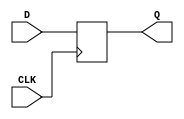
module d_latch(
    input D, // data input
    input CLK, // clock input
    output reg Q // output
);

always @(posedge CLK)
begin
    Q <= D;
end

endmodule